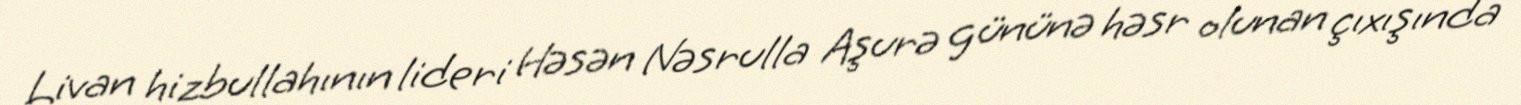
Livan hizbullahının lideri Həsən Nəsrulla Aşurə gününə həsr olunan çıxışında